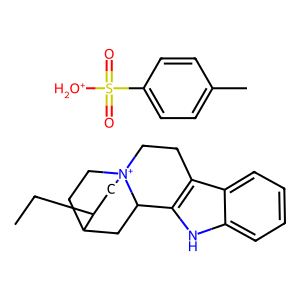
SMILES: CCC1C[N+]23CCc4c([nH]c5ccccc45)C2CC1CC3.Cc1ccc(S(=O)(=O)[OH2+])cc1
Inhibits HIV replication: No